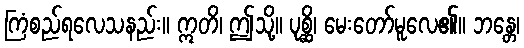
ကြံစည်ရလေသနည်း။ ဣတိ၊ ဤသို့။ ပုစ္ဆိ၊ မေးတော်မူလေ၏။ ဘန္တေ၊